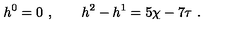
h ^ { 0 } = 0 \ , \qquad h ^ { 2 } - h ^ { 1 } = 5 \chi - 7 \tau \ .